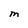
Character: M